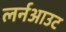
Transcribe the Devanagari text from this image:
लर्नआउट